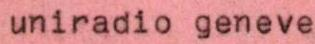
uniradio geneve